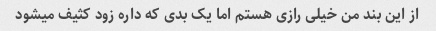
از این بند من خیلی رازی هستم اما یک بدی که داره زود کثیف میشود